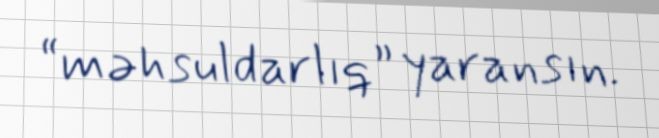
“məhsuldarlıq” yaransın.